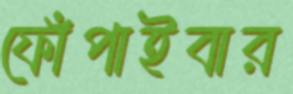
ফোঁপাইবার